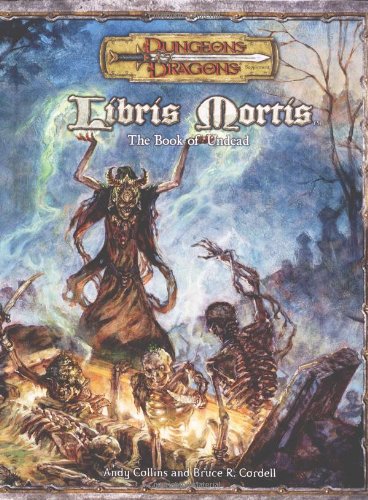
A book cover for Libris Mortis: The Book of the Undead (Dungeons & Dragons d20 3.5 Fantasy Roleplaying); Andy Collins; Science Fiction & Fantasy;